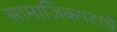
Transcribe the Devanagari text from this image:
सामाजिकपटाचे